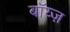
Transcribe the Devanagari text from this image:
बॉय्ज़